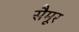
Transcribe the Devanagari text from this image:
सैमूर